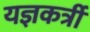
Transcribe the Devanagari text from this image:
यज्ञकर्त्री